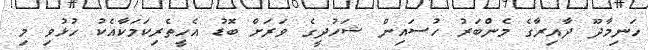
ހަނިމާދޫ ދާއިރާގެ މެންބަރު ހުސައިން ޝަހުދީގެ ވަރަށް ބޮޑު އެހީތެރިކަމަކާއެކު ހުޅުވި މި